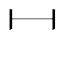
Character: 𫡃